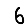
Digit: 6